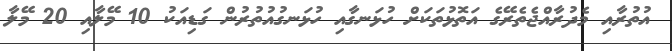
އުތުރާއި މެދުރާއްޖެތެރޭގެ އަތޮޅުތަކަށް ހުޅަނގާއި ހުޅަނގުއުތުރުން ގަޑިއަކު 10 މޭލާއި 20 މޭލާ